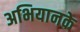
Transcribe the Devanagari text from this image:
अभियानके